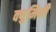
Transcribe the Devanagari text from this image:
क्युमिनी